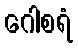
ဂေါစရံ